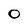
Character: o